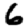
Digit: 6